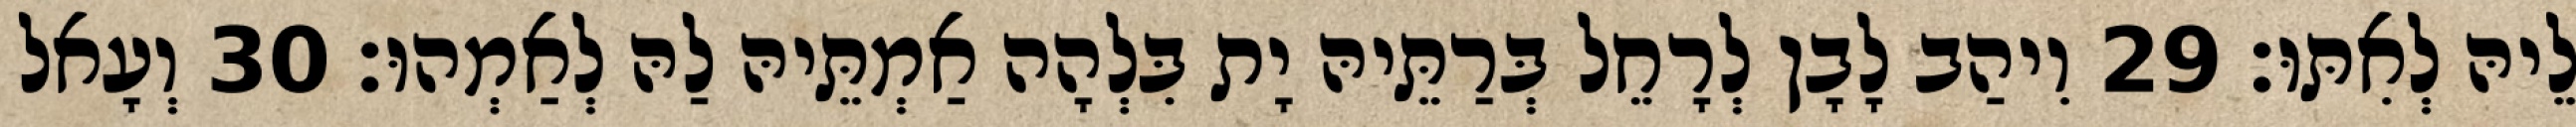
לֵיהּ לְאִתּוּ׃ 29 וִיהַב לָבָן לְרָחֵל בְּרַתֵּיהּ יָת בִּלְהָה אַמְתֵּיהּ לַהּ לְאַמְהוּ׃ 30 וְעָאל